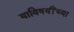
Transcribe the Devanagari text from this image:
याविषयींच्या